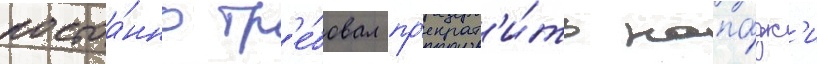
постоа́нно тр'е́бовал пр'екрат'и́ть напа́дк'и